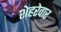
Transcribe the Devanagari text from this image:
शेहरेवार